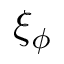
\xi _ { \phi }